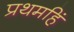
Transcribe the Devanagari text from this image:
प्रथमहिं